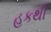
હકથી